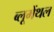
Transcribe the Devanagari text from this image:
ब्लूमेंथल